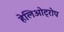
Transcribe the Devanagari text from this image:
हेलिओट्रोप